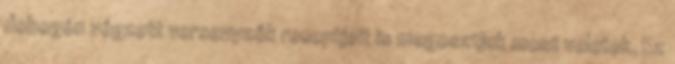
dobogón végzett versenyzők receptjeit is megosztjuk most veletek. Ez